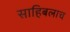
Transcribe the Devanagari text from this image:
साहिबलाच